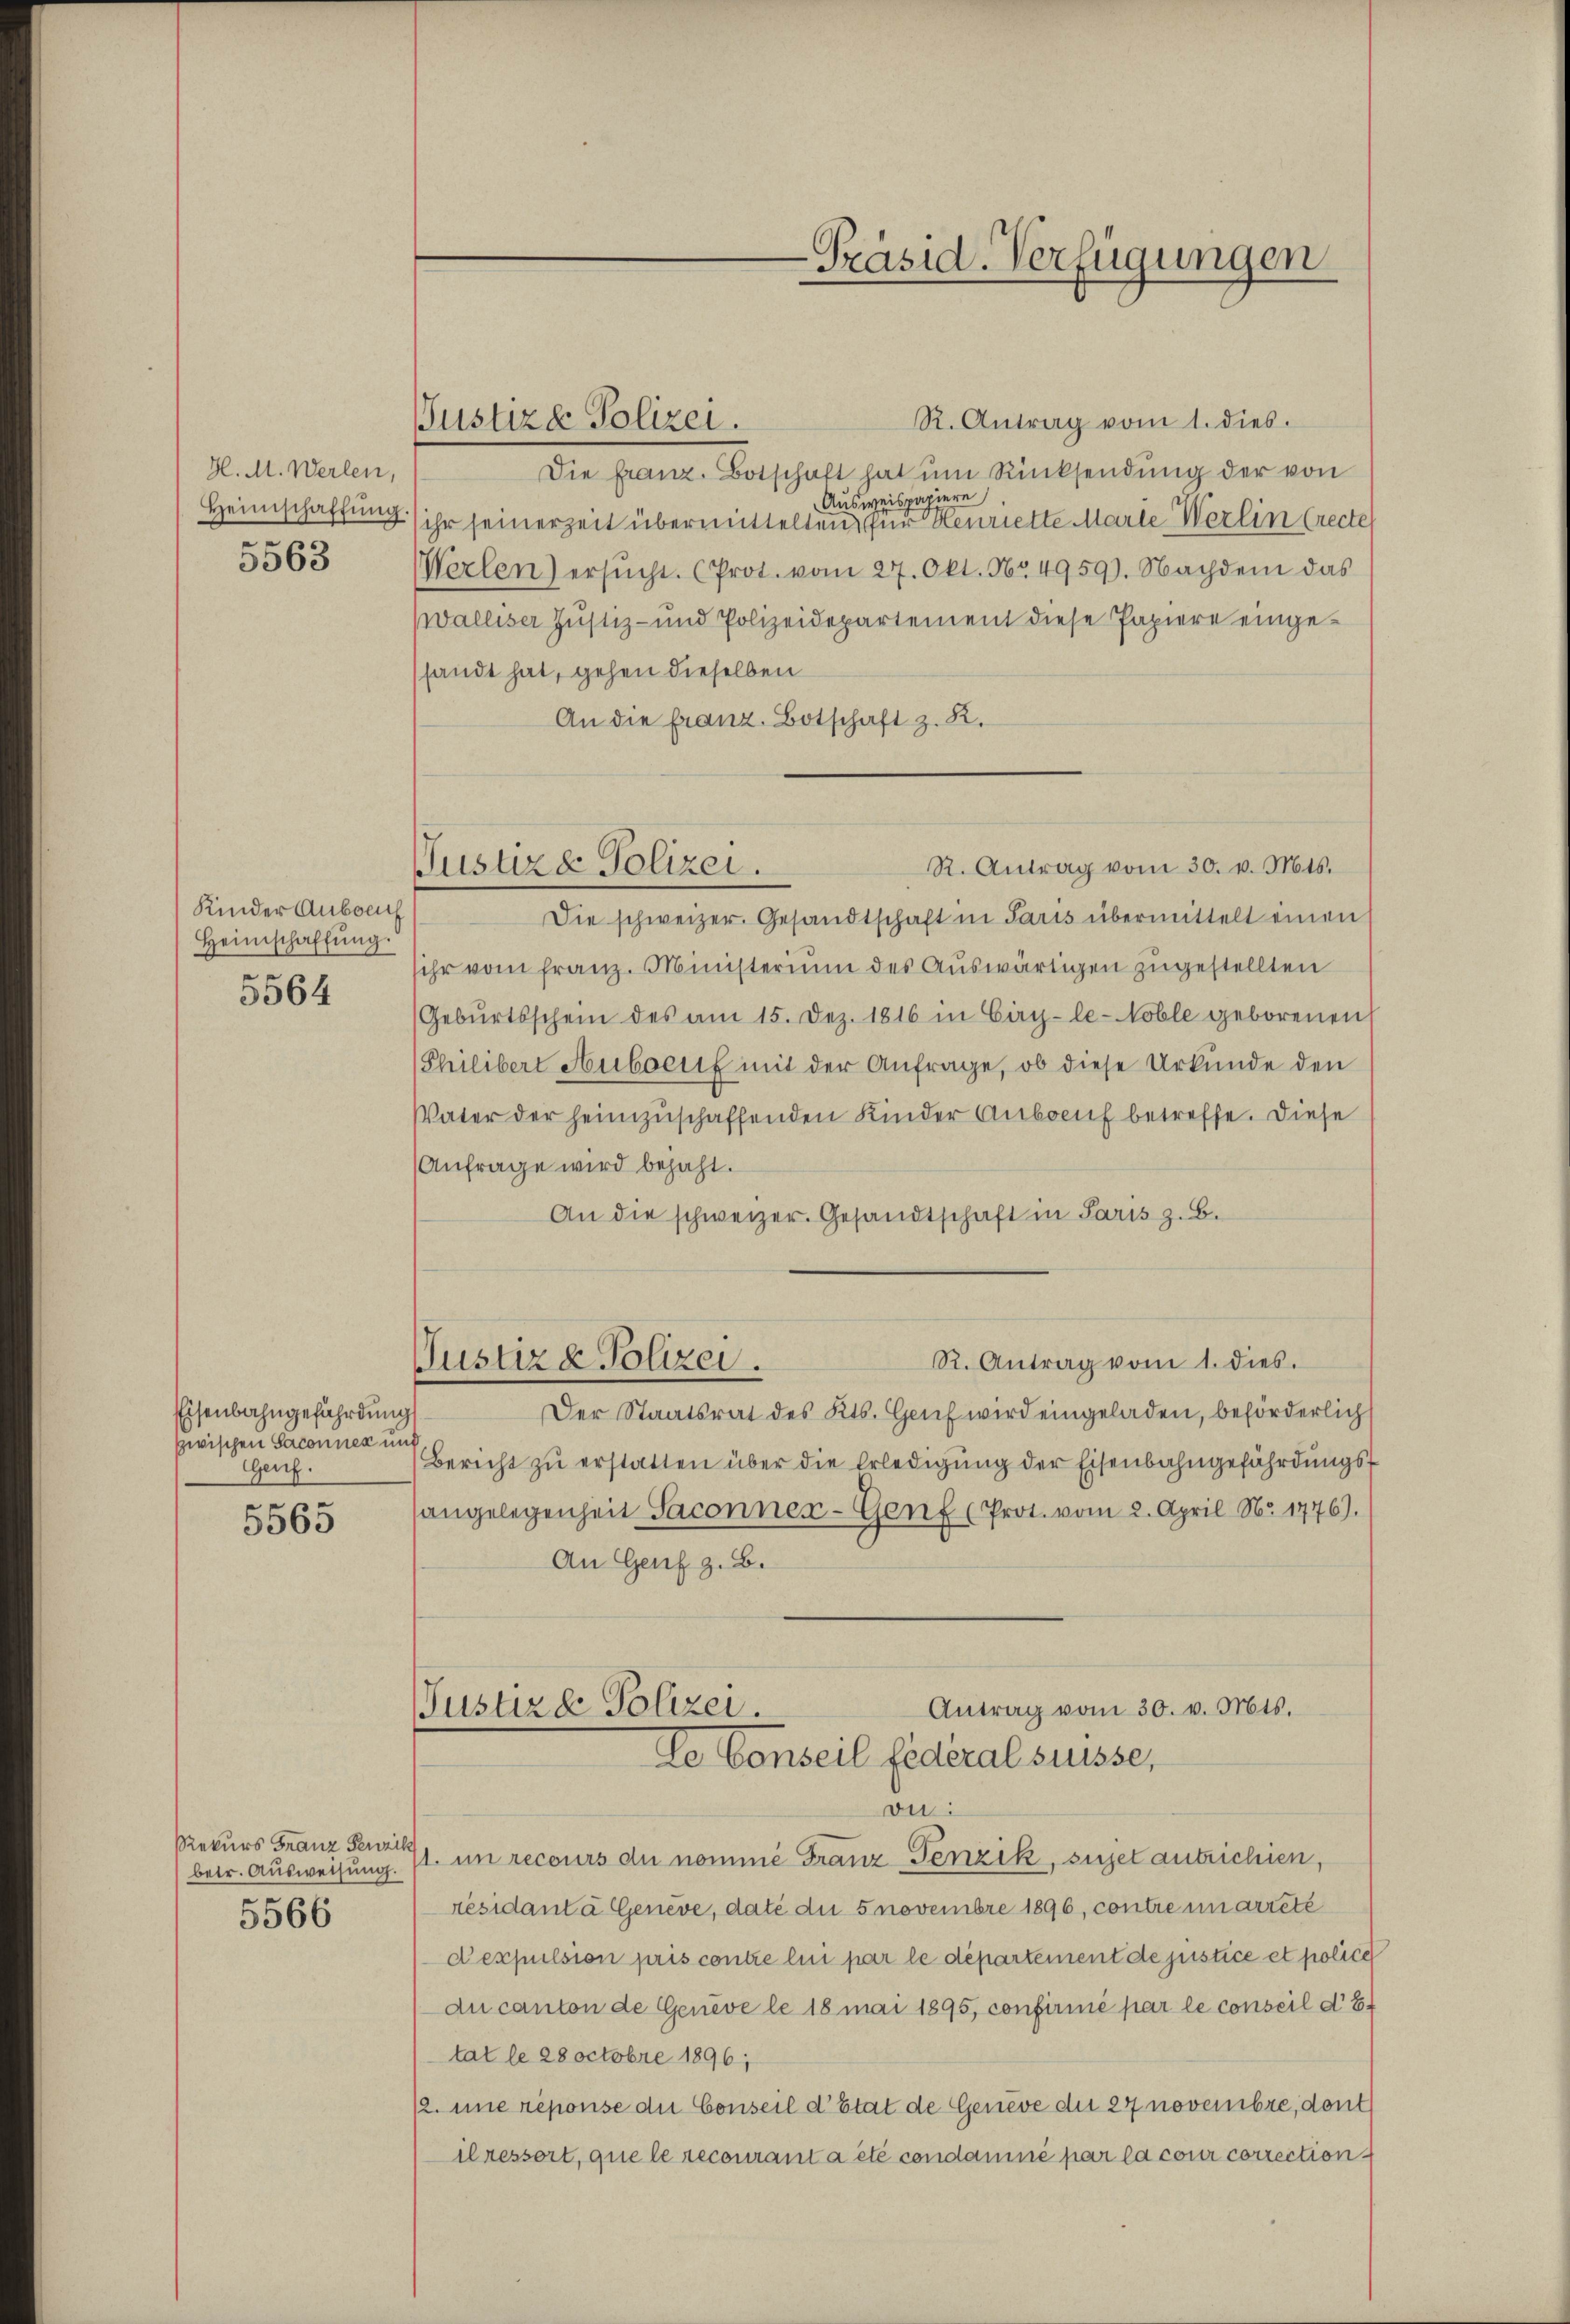
H. M. Werlen,
Heimschaffung.
5563

Kinder Anbouch
Heimschaffŭng.

5564

Eisenbahngefährdung
zwischen Saconnen und
Genf.
t

5565

Rekurs Franz Fenzik
5566

Justiz & Polizei.

R. Antrag vom 30. v. Mts.
Justiz & Polizei.

-Präsid. Verfügungen

R. Antrag vom 1. dies.
Die Franz. Botschaft hat ŭm Rücksendung der von
Ausweispapiere
ihr seinerzeit übermittelten für Henriette Marie Werlin (recte
Werlen) ersŭcht. (Prot. vom 27. Okt. Nr. 4959). Nachdem das
walliser Justiz- und Polizeidepartement diese Papiere eingesandt hat, gehen dieselben
An die franz. Botschaft z. B.
Die schweizer. Gesandtschaft in Paris übermittelt einen
sihr vom Franz. Ministerium des Auswärtigen zugestellten
(Gebŭrtsschein des am 15. Dez. 1816 in Ciry-le-Noble geborenen
Philibert Hubscrit mit der Anfrage, ob diese Urkunde den
Vater der heimzuschaffenden Kinder Anbruf betreffe. Diese
Anfrage wird bejaht.
An die schweizer. Gesandtschaft in Paris z. B.
R. Antrag vom 1. dies.
Justiz & Polizei.
Der Staatsrat des Kts. Genf wird eingeladen, beförderlich
Bericht zŭ erstatten über die Erledigŭng der Eisenbahngefährdungsangelegenheit Saconner- Genf (Prot. vom 2. April No 1776).
An Genf z. B.
Antrag vom 30. v. Mts.
Justiz & Polizei.
de Conseil fédéral suisse,
on:
betr. Ausweisung. (1. in recours du nomme Franz Penzik, sujet antrichien,
résidant à Geneve, date die 5 novembre 1896, contre unarreté
dexpulsion pris contre lui par le département de justice et police
du canton de Genève le 18 mai 1895, confirmé par le conseil d. 8.
tat le 28 octobre 1896;
12. eine réponse die Conseil d’Etat de Geneve die 27 novembre, deut
ilressort, que le recourant a été condamné par la cour correction